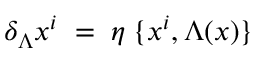
\delta _ { \Lambda } x ^ { i } \; = \; \eta \; \{ x ^ { i } , \Lambda ( x ) \}